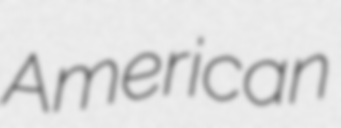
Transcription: American